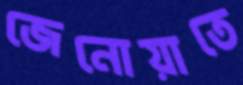
জেনোয়াতে